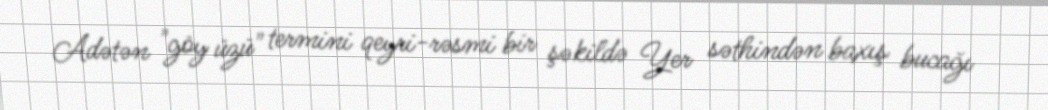
Adətən "göy üzü" termini qeyri-rəsmi bir şəkildə Yer səthindən baxış bucağı